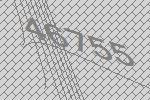
46755